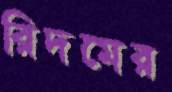
রিদমের